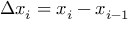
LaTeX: \Delta x _ { i } = x _ { i } - x _ { i - 1 }